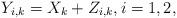
LaTeX: \begin{align*}Y_{i,k} & = X_k + Z_{i,k}, i=1,2, \end{align*}